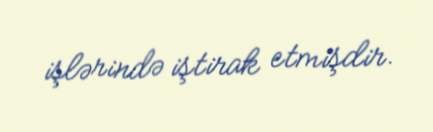
işlərində iştirak etmişdir.